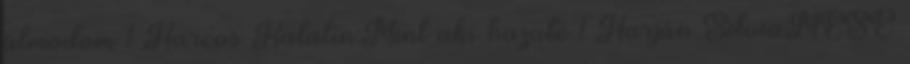
álmodom 1 Harcos Katalin:Mint aki hazaté 1 Harján SilviaMESE